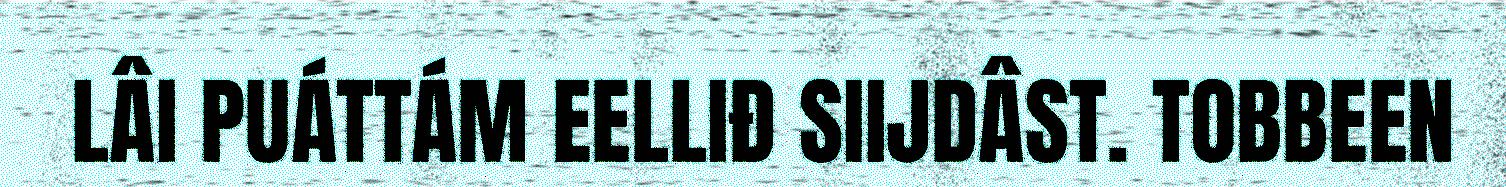
LÂI PUÁTTÁM EELLIĐ SIIJDÂST. TOBBEEN